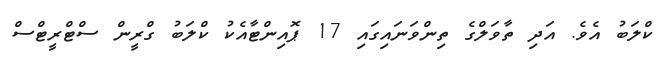
ކްލަބު އެވެ. އަދި ތާވަލްގެ ތިންވަނައިގައި 17 ޕޮއިންޓާއެކު ކްލަބު ގްރީން ސްޓްރީޓްސް